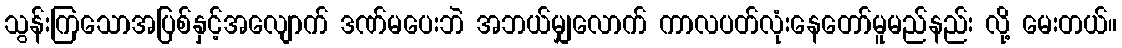
သွန်းကြသောအပြစ်နှင့်အလျောက် ဒဏ်မပေးဘဲ အဘယ်မျှလောက် ကာလပတ်လုံးနေတော်မူမည်နည်း လို့ မေးတယ်။